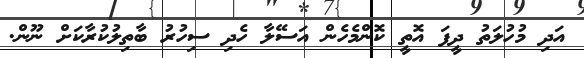
އަދި މުހުލަތު ދީފަ އޮތީ ކޮންމެހެން އަސޭލާ ހެދި ސިހުރު ބާތިލުކުރާކަށް ނޫން.